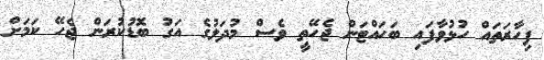
ފިހާރަތައް ހުޅުވާފައި ބަހައްޓަން ޖެހޭތީ ވެސް މުދަލުގެ އަގު ބޮޑުކުރަން ޖެހޭ ކަމަށް